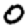
Digit: 0